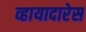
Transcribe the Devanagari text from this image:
व्हायादारेस